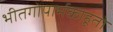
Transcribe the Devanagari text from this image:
भीतगोपार्भकाहूतो